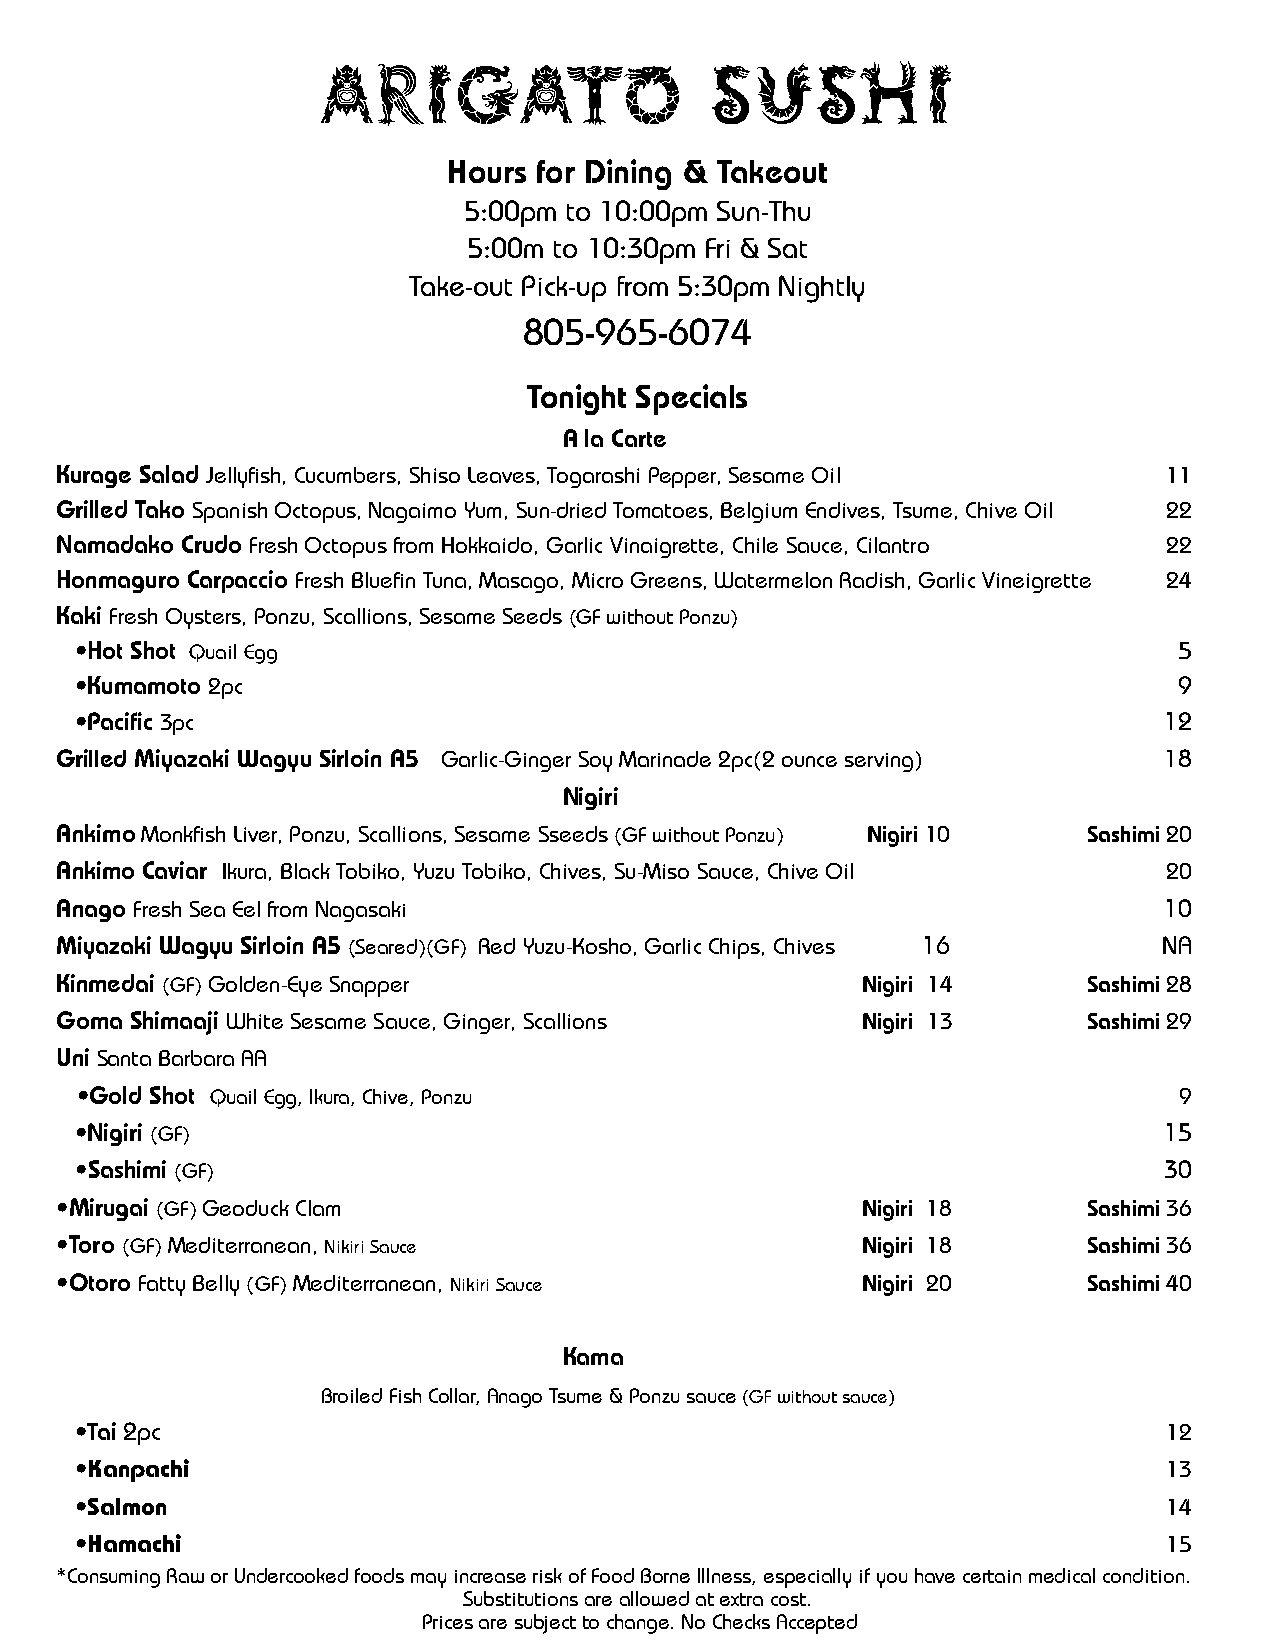
Arigato                   Sushi
 Hours for Dining & Takeout
 5:00pm to 10:00pm Sun-Thu
 5:00m to 10:30pm Fri & Sat
 Take-out Pick-up from 5:30pm Nightly
 805-965-6074
 Tonight Specials
 A la Carte
 Kurage Salad Jellyfish, Cucumbers, Shiso Leaves, Togarashi Pepper, Sesame Oil 11
 Grilled Tako Spanish Octopus, Nagaimo Yum, Sun-dried Tomatoes, Belgium Endives, Tsume, Chive Oil 22
 Namadako Crudo Fresh Octopus from Hokkaido, Garlic Vinaigrette, Chile Sauce, Cilantro 22
 Honmaguro Carpaccio Fresh Bluefin Tuna, Masago, Micro Greens, Watermelon Radish, Garlic Vineigrette 24
 Kaki Fresh Oysters, Ponzu, Scallions, Sesame Seeds (GF without Ponzu)
 •Hot Shot Quail Egg                                                      5
 •Kumamoto 2pc                                                            9
 •Pacific 3pc                                                            12
 Grilled Miyazaki Wagyu Sirloin A5 Garlic-Ginger Soy Marinade 2pc(2 ounce serving) 18
 Nigiri
 Ankimo Monkfish Liver, Ponzu, Scallions, Sesame Sseeds (GF without Ponzu) Nigiri 10 Sashimi 20
 Ankimo Caviar Ikura, Black Tobiko, Yuzu Tobiko, Chives, Su-Miso Sauce, Chive Oil 20
 Anago Fresh Sea Eel from Nagasaki                                        10
 Miyazaki Wagyu Sirloin A5 (Seared)(GF) Red Yuzu-Kosho, Garlic Chips, Chives 16 NA
 Kinmedai (GF) Golden-Eye Snapper                     Nigiri 14      Sashimi 28
 Goma Shimaaji White Sesame Sauce, Ginger, Scallions  Nigiri 13      Sashimi 29
 Uni Santa Barbara AA
 •Gold Shot Quail Egg, Ikura, Chive, Ponzu                                9
 •Nigiri (GF)                                                            15
 •Sashimi (GF)                                                           30
 •Mirugai (GF) Geoduck Clam                           Nigiri 18      Sashimi 36
 •Toro (GF) Mediterranean, Nikiri Sauce               Nigiri 18      Sashimi 36
 •Otoro Fatty Belly (GF) Mediterranean, Nikiri Sauce  Nigiri 20      Sashimi 40
 Kama
 Broiled Fish Collar, Anago Tsume & Ponzu sauce (GF without sauce)
 •Tai 2pc                                                                12
 •Kanpachi                                                               13
 •Salmon                                                                 14
 •Hamachi                                                                15
 *Consuming Raw or Undercooked foods may increase risk of Food Borne Illness, especially if you have certain medical condition.
 Substitutions are allowed at extra cost.
 Prices are subject to change. No Checks Accepted